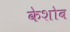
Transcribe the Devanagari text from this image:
केशोब